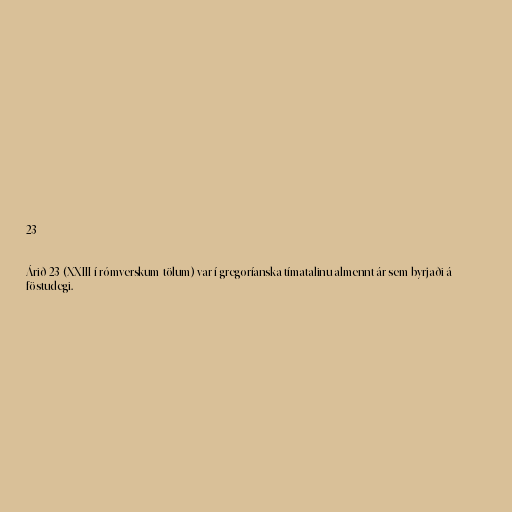
23

Árið 23 (XXIII í rómverskum tölum) var í gregoríanska tímatalinu almennt ár sem byrjaði á
föstudegi.